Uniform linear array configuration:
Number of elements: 12
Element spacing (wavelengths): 0.5
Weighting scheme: hann
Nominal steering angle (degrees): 60
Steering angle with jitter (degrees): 58.117
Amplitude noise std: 0.05
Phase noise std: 0.05

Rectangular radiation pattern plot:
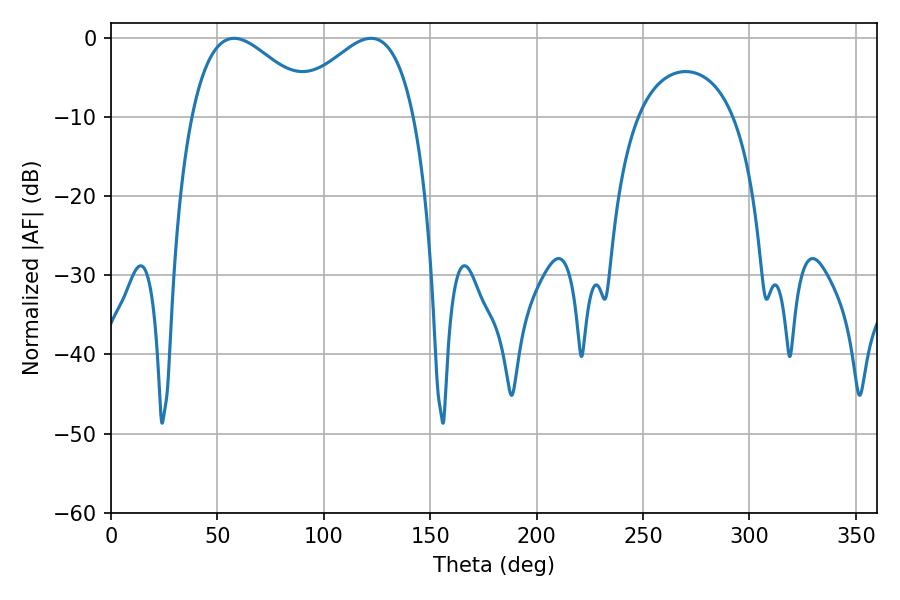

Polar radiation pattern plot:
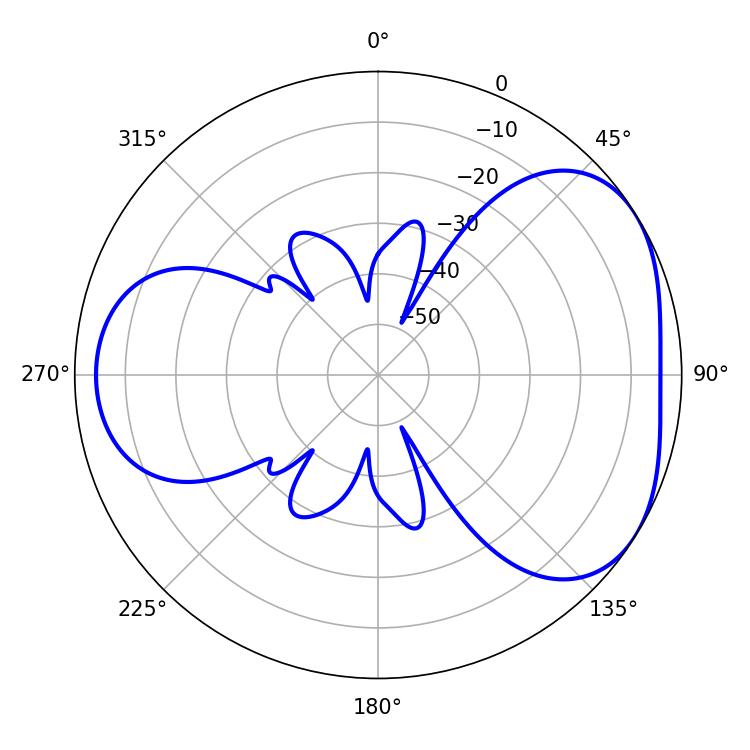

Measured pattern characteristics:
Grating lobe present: FALSE
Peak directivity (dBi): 4.094
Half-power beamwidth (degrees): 32.04
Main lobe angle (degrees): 57.78